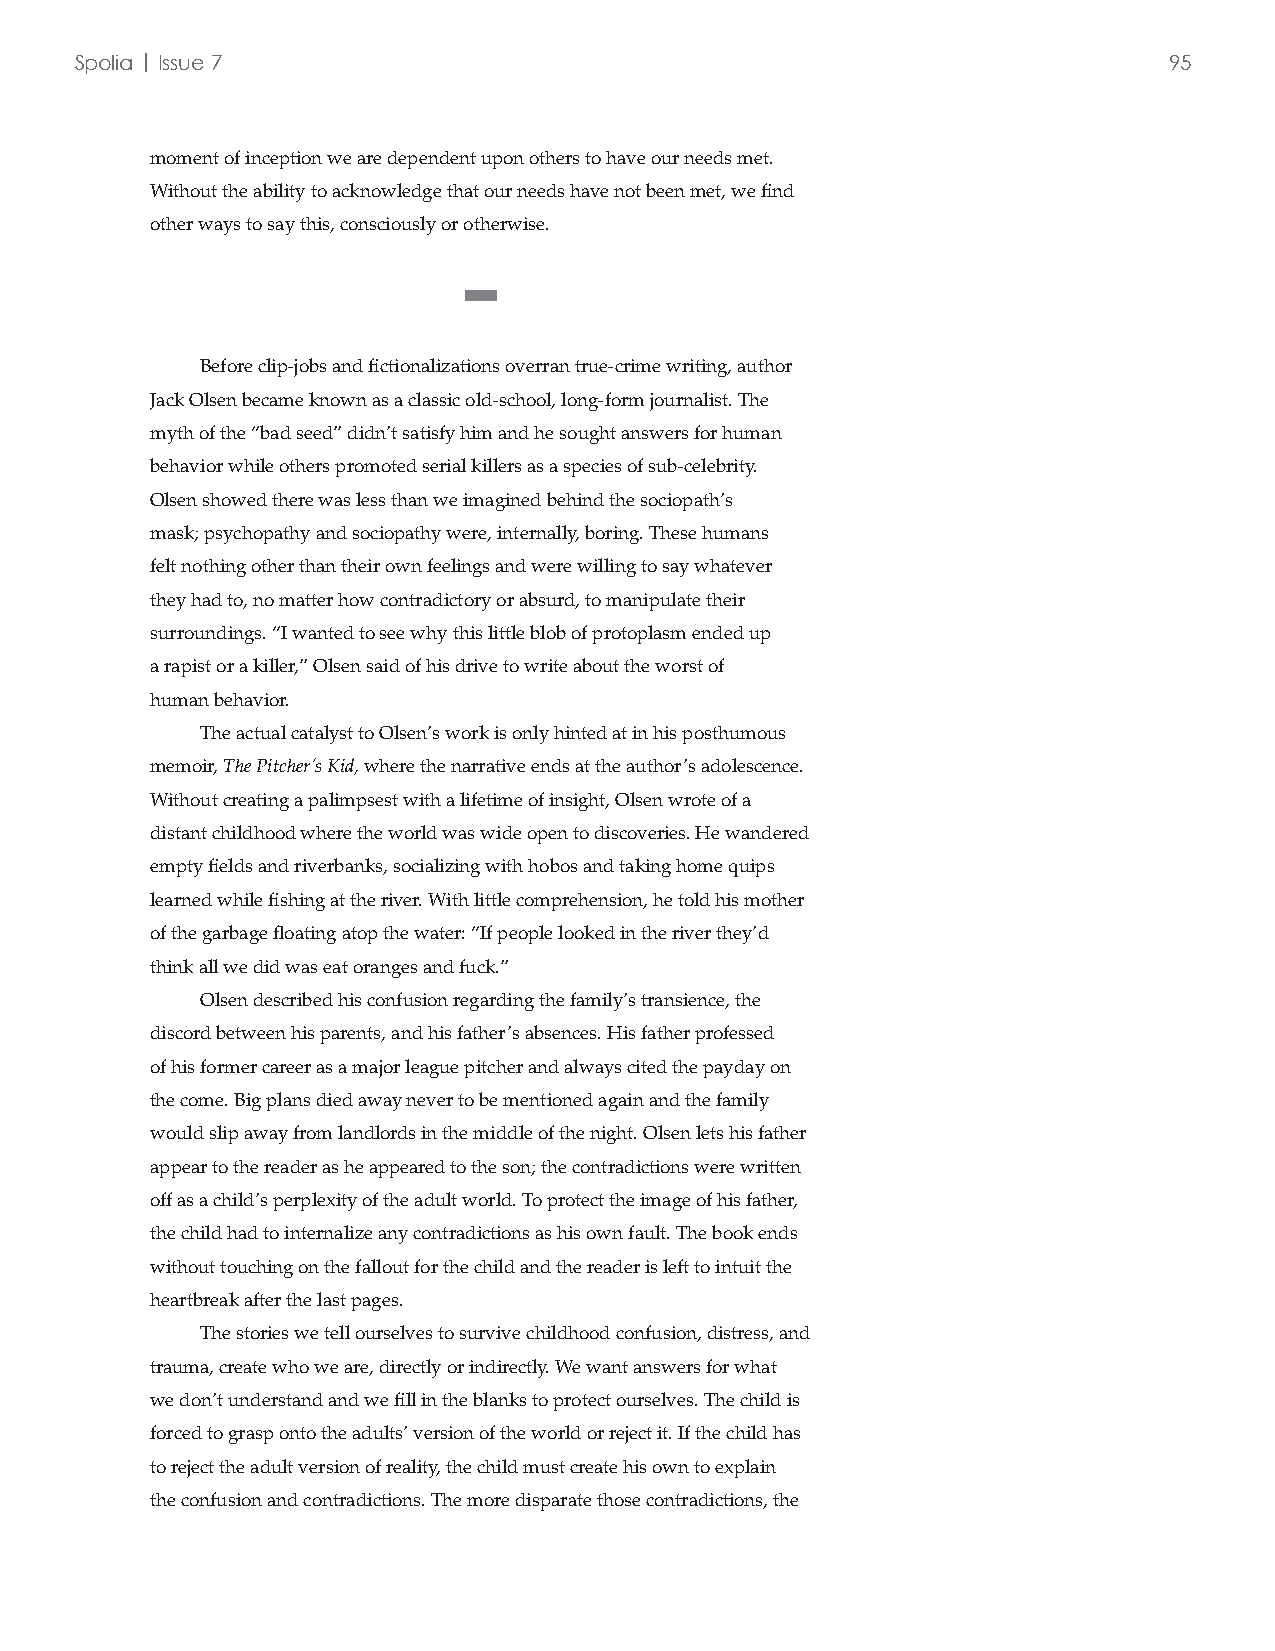
Spolia | Issue 7                                                        95
 moment of inception we are dependent upon others to have our needs met.
 Without the ability to acknowledge that our needs have not been met, we find
 other ways to say this, consciously or otherwise.
 ■
 Before clip-jobs and fictionalizations overran true-crime writing, author
 Jack Olsen became known as a classic old-school, long-form journalist. The
 myth of the “bad seed” didn’t satisfy him and he sought answers for human
 behavior while others promoted serial killers as a species of sub-celebrity.
 Olsen showed there was less than we imagined behind the sociopath’s
 mask; psychopathy and sociopathy were, internally, boring. These humans
 felt nothing other than their own feelings and were willing to say whatever
 they had to, no matter how contradictory or absurd, to manipulate their
 surroundings. “I wanted to see why this little blob of protoplasm ended up
 a rapist or a killer,” Olsen said of his drive to write about the worst of
 human behavior.
 The actual catalyst to Olsen’s work is only hinted at in his posthumous
 memoir, The Pitcher’s Kid, where the narrative ends at the author’s adolescence.
 Without creating a palimpsest with a lifetime of insight, Olsen wrote of a
 distant childhood where the world was wide open to discoveries. He wandered
 empty fields and riverbanks, socializing with hobos and taking home quips
 learned while fishing at the river. With little comprehension, he told his mother
 of the garbage floating atop the water: “If people looked in the river they’d
 think all we did was eat oranges and fuck.”
 Olsen described his confusion regarding the family’s transience, the
 discord between his parents, and his father’s absences. His father professed
 of his former career as a major league pitcher and always cited the payday on
 the come. Big plans died away never to be mentioned again and the family
 would slip away from landlords in the middle of the night. Olsen lets his father
 appear to the reader as he appeared to the son; the contradictions were written
 off as a child’s perplexity of the adult world. To protect the image of his father,
 the child had to internalize any contradictions as his own fault. The book ends
 without touching on the fallout for the child and the reader is left to intuit the
 heartbreak after the last pages.
 The stories we tell ourselves to survive childhood confusion, distress, and
 trauma, create who we are, directly or indirectly. We want answers for what
 we don’t understand and we fill in the blanks to protect ourselves. The child is
 forced to grasp onto the adults’ version of the world or reject it. If the child has
 to reject the adult version of reality, the child must create his own to explain
 the confusion and contradictions. The more disparate those contradictions, the